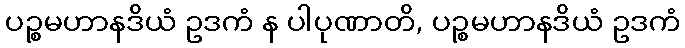
ပဉ္စမဟာနဒိယံ ဥဒကံ န ပါပုဏာတိ, ပဉ္စမဟာနဒိယံ ဥဒကံ